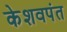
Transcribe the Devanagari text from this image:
केशवपंत